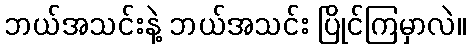
ဘယ်အသင်းနဲ့ ဘယ်အသင်း ပြိုင်ကြမှာလဲ။